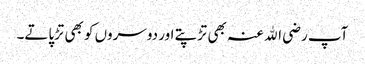
آپ رضی اﷲ عنہ بھی تڑپتے اور دوسروں کو بھی تڑپاتے۔